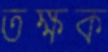
তক্ষক